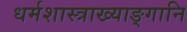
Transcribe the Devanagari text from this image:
धर्मशास्त्राख्याङ्गानि